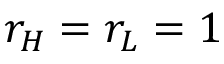
r _ { H } = r _ { L } = 1